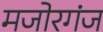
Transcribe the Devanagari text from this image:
मजोरगंज